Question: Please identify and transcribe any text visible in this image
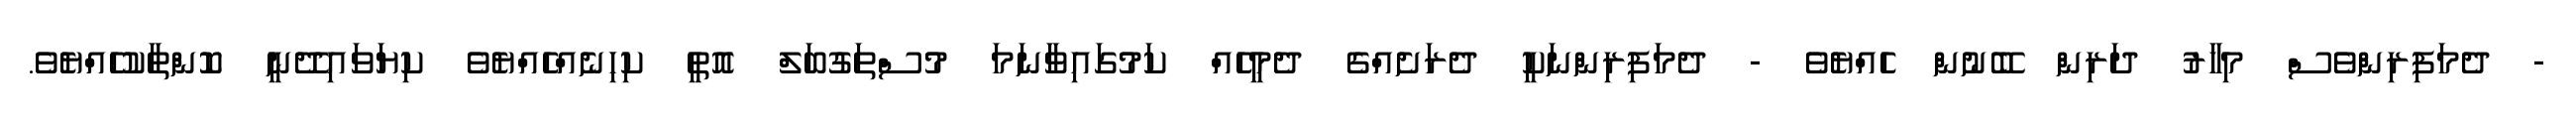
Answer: - ދެމަފިރިންވެސް މިހާރު ދަރިން ބޭނުން ހެއްޔެވެ - ދެމަފިރިންނަކީ ދެރަށެއްގެ ދެމީހެއް ކަމުގައިވާނަމަ މުސްތަގުބަލް އޮތީ ކިހިނެއްހެއްޔެވެ ކިޔަވައިދޭނީ ކޮންތާކުހެއްޔެވެ.